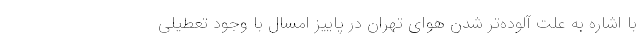
با اشاره به علت آلوده‌تر شدن هوای تهران در پاییز امسال با وجود تعطیلی